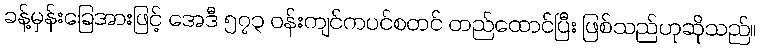
ခန့်မှန်းခြေအားဖြင့် အေဒီ ၅၇၃ ဝန်းကျင်ကပင်စတင် တည်ထောင်ပြီး ဖြစ်သည်ဟုဆိုသည်။